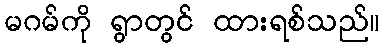
မဂမ်ကို ရွာတွင် ထားရစ်သည်။